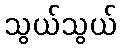
သွယ်သွယ်